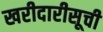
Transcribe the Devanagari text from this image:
खरीदारीसूची